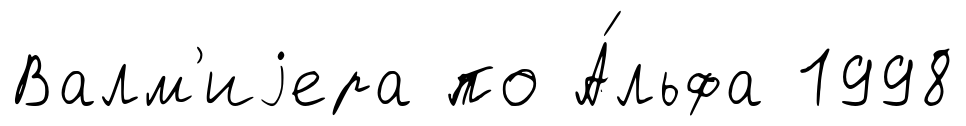
Валм'иjера по А́льфа 1998